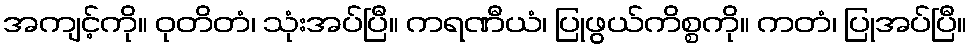
အကျင့်ကို။ ဝုတိတံ၊ သုံးအပ်ပြီ။ ကရဏီယံ၊ ပြုဖွယ်ကိစ္စကို။ ကတံ၊ ပြုအပ်ပြီ။